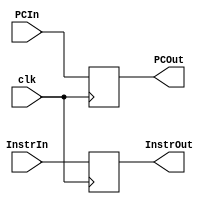
`timescale 1ns / 1ps
//////////////////////////////////////////////////////////////////////////////////
// Company: 
// Engineer: 
// 
// Design Name: 
// Module Name: buffer_ifid
// Project Name: 
// Target Devices: 
// Tool Versions: 
// Description: 
// 
// Dependencies: 
// 
// Revision:
// Revision 0.01 - File Created
// Additional Comments:
// 
//////////////////////////////////////////////////////////////////////////////////


module iftoidbuff(clk, PCIn, InstrIn, PCOut, InstrOut);

input clk;
input [31:0] PCIn, InstrIn;
output reg [31:0] PCOut, InstrOut;

initial
begin 
    PCOut = 0;
    InstrOut = 0;
end

always@(posedge clk)
begin
    PCOut = PCIn;
    InstrOut = InstrIn;
end

endmodule